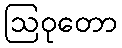
ဩဝုတော